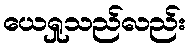
ယေရှုသည်လည်း